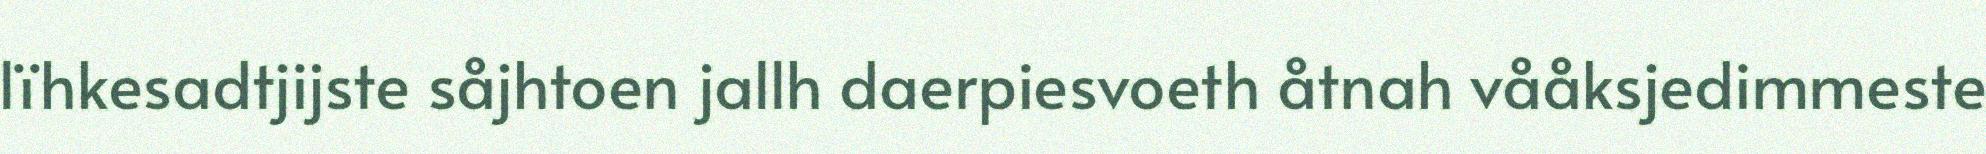
lïhkesadtjijste såjhtoen jallh daerpiesvoeth åtnah vååksjedimmeste